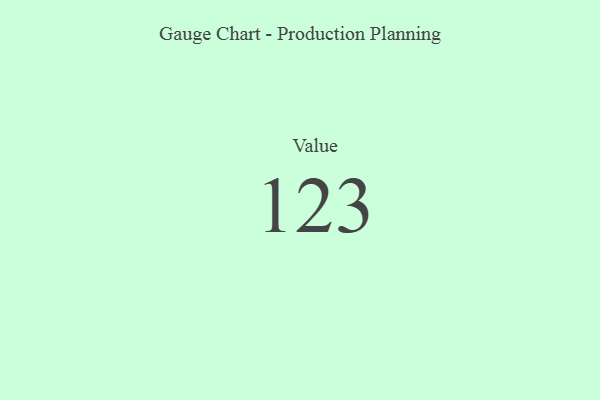
{"axis": {"x": "Metric", "y": "Value"}, "legend": [""], "data": [{"x": "Value", "y": 123, "type": ""}]}